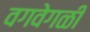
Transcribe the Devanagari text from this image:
वगवेगळी